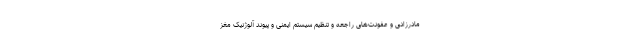
مادرزادی و عفونت‌های راجعه و تنظیم سیستم ایمنی و پیوند آلوژنیک مغز